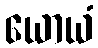
ယောယံ